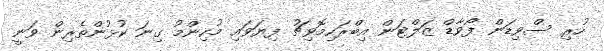
ހުރި ސްވިިޑަން ފޯވާޑް ޒަލްޓަން އިބްރަހިމޮވިޗު ފިޔަވައި މުހިންމު ގިނަ ކުޅުންތެރިން ވަނީ